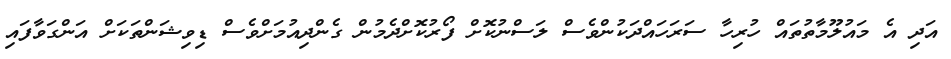
އަދި އެ މައުލޫމާތުތައް ހުރިހާ ސަރަހައްދަކުންވެސް ލަސްނުކޮށް ފޯރުކޮށްދެމުން ގެންދިއުމަށްވެސް ޑިވިޝަންތަކަށް އަންގަވާފައި